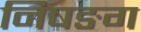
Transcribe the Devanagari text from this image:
निषङग